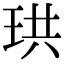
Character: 珙